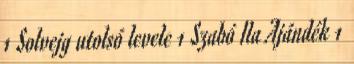
1 Solvejg utolsó levele 1 Szabó Ila Ajándék 1